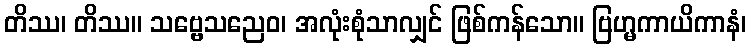
တိဿ၊ တိဿ။ သဗ္ဗေသညေဝ၊ အလုံးစုံသာလျှင် ဖြစ်ကန်သော။ ဗြဟ္မကာယိကာနံ၊